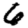
Digit: 6